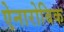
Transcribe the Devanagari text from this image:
ऐनारोबिक